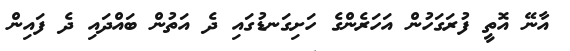
އާނޭ އޮތީ ފުރަގަހުން އަހަރެންގެ ހަށިގަނޑުގައި ދެ އަތުން ބައްދައި ދެ ފައިން